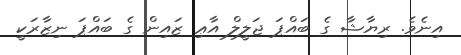
އިނެވެ. ރިޔާޝާ ގެ ބައްޕަ ޖަލީލް އާޢި ޒައިން ގެ ބައްޕަ ނިޒާރަކީ